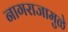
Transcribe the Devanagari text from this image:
नागराजामुळे